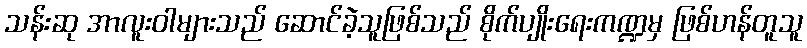
သန်းဆု အာလူးဝါများသည် ဆောင်ခဲ့သူဖြစ်သည် စိုက်ပျိုးရေးကဏ္ဍမှ ဖြစ်ဟန်တူသူ